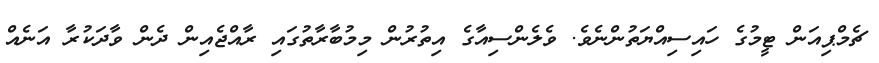
ޗެމްޕިއަން ޓީމުގެ ހައިސިއްޔަތުންނެވެ. ވެލެންސިއާގެ އިތުރުން މިމުބާރާތުގައި ރާއްޖެއިން ދެން ވާދަކުރާ އަނެއް